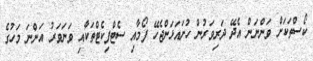
ކޯސްތަކަށް ވަންނަން އެދޭ ދަރިވަރުން ހުށައަޅަންޖެހޭ ފޯމާއި ސެޓްފިކެޓްތަކާއި ވަނަވަރު އަންނަ މަހުގެ